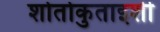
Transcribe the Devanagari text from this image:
शोतोकुताइशी